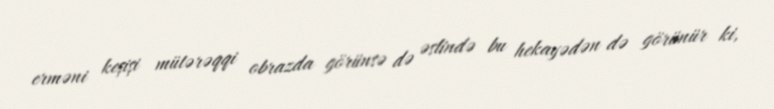
erməni keşişi mütərəqqi obrazda görünsə də əslində bu hekayədən də görünür ki,